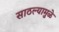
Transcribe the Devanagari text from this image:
साठल्यामुळे